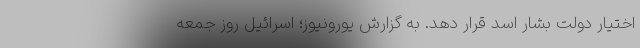
اختیار دولت بشار اسد قرار دهد. به گزارش یورونیوز؛ اسرائیل روز جمعه